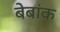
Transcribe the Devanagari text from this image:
बेबांक